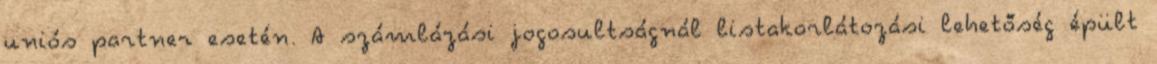
uniós partner esetén. A számlázási jogosultságnál listakorlátozási lehetőség épült